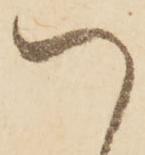
以